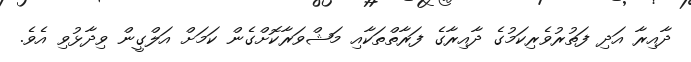
ދާއިރާ އަދި ފަތުރުވެރިކަމުގެ ދާއިރާގެ ފަރާތްތަކާއި މަޝްވަރާކޮށްގެން ކަަމަށް އަލްގީން ވިދާޅުވި އެވެ.